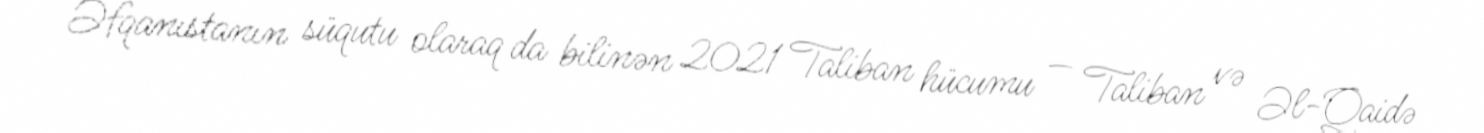
Əfqanıstanın süqutu olaraq da bilinən 2021 Taliban hücumu — Taliban və Əl-Qaidə